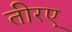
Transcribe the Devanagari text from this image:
तीरए